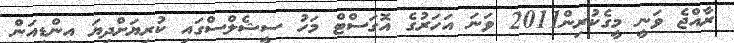
ރާއްޖެ ވަނީ މީގެކުރިން2011 ވަނަ އަހަރުގެ އޮގަސްޓް މަހު ސީޝެލްސްގައި ކުރިޔަށްދިޔަ އިންޑިއަން